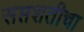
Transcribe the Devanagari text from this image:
सप्तशतीचा